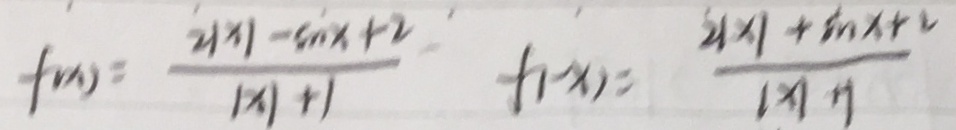
f ( x ) = \frac { 2 \vert x \vert - \sin x + 2 } { 1 \times 1 + 1 } f ( - x ) = \frac { 2 \vert x \vert + \sin x + 2 } { 1 \times 1 + 1 }